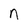
Character: n